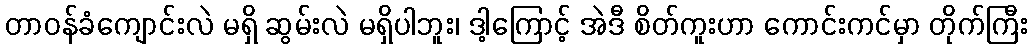
တာဝန်ခံကျောင်းလဲ မရှိ ဆွမ်းလဲ မရှိပါဘူး၊ ဒါ့ကြောင့် အဲဒီ စိတ်ကူးဟာ ကောင်းကင်မှာ တိုက်ကြီး